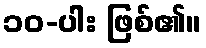
၁၀-ပါး ဖြစ်၏။